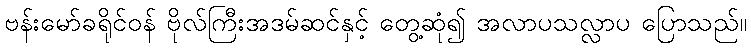
ဗန်းမော်ခရိုင်ဝန် ဗိုလ်ကြီးအဒမ်ဆင်နှင့် တွေ့ဆုံ၍ အလာပသလ္လာပ ပြောသည်။